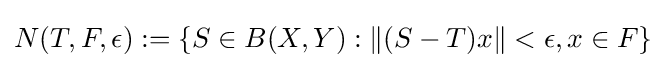
N(T,F,\epsilon ):=\{S\in B(X,Y):\|(S-T)x\|<\epsilon ,x\in F\}